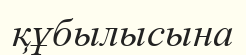
құбылысына